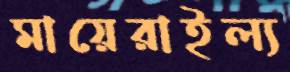
মায়েরাইল্য